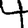
Digit: 4